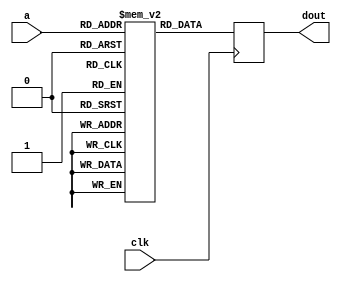
module rom (
    input wire clk,
    input wire [14:0] a,
    output reg [7:0] dout
    );
    
    reg [7:0] mem[0:32767];
    //reg [7:0] mem[0:16383];
    initial begin        
`ifdef SYNTH
        $readmemh ("rom30.hex", mem);    
        //$readmemh ("48.hex", mem);
        //$readmemh ("128k_paul_farrow.hex", mem);
        //$readmemh ("test48kmcleod.hex", mem);
`else        
        mem[ 0] = 8'd33;
        mem[ 1] = 8'd14;
        mem[ 2] = 8'd0;
        mem[ 3] = 8'd17;
        mem[ 4] = 8'd0;
        mem[ 5] = 8'd128;
        mem[ 6] = 8'd1;
        mem[ 7] = 8'd6;
        mem[ 8] = 8'd0;
        mem[ 9] = 8'd237;
        mem[10] = 8'd176;
        mem[11] = 8'd195;
        mem[12] = 8'd0;
        mem[13] = 8'd128;
        mem[14] = 8'd175;
        mem[15] = 8'd211;
        mem[16] = 8'd254;
        mem[17] = 8'd195;
        mem[18] = 8'd0;
        mem[19] = 8'd128;
`endif
    end
    
    always @(posedge clk)
        dout <= mem[a];
endmodule